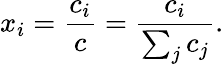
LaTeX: x_{i}={\frac{c_{i}}{c}}={\frac{c_{i}}{\sum_{j}c_{j}}}.